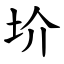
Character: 圿